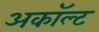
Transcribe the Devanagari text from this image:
अकॉल्ट